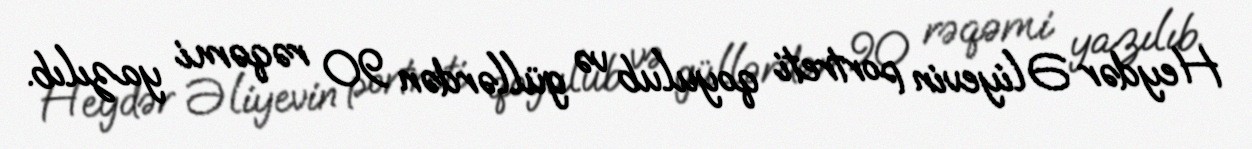
Heydər Əliyevin portreti qoyulub və güllərdən 90 rəqəmi yazılıb.